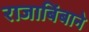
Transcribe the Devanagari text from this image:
राजाबिंबाने